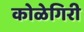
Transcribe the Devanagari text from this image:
कोळेगिरी